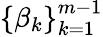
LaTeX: \left\{ \beta_{k}\right\} _{k=1}^{m-1}